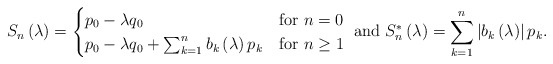
\begin{align*}S_n\left( \lambda \right)=\begin{cases} p_0-\lambda q_0 & \mbox{for } n=0 \\ p_0-\lambda q_0 + \sum_{k=1}^nb_k\left( \lambda \right)p_k & \mbox{for } n \ge 1 \end{cases} \mbox{ and } S_n^{\ast}\left( \lambda \right)=\sum_{k=1}^n \left| b_k\left( \lambda \right) \right| p_k.\end{align*}